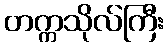
တက္ကသိုလ်ကြီး